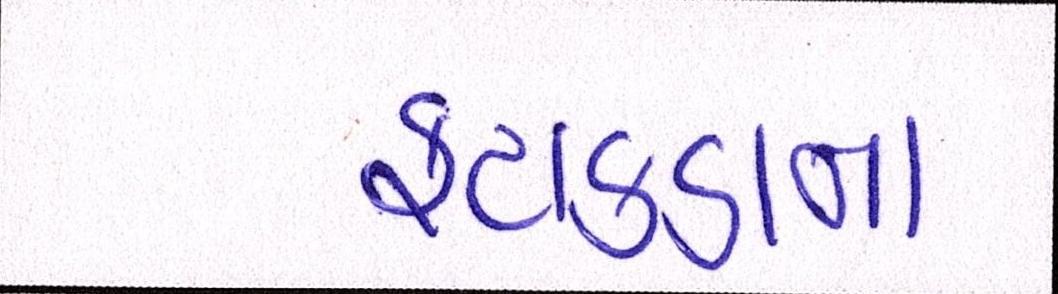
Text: ફટાકડાના